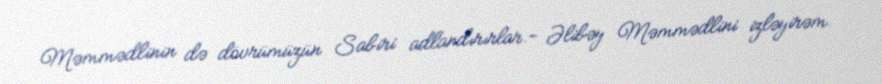
Məmmədlinin də dövrümüzün Sabiri adlandırırlar.- Əlibəy Məmmədlini izləyirəm.